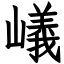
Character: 嶬